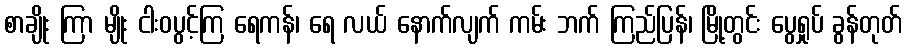
စာချိုး ကြာ မျိုး ငါးဝပွင့်ကြ ရေကန်၊ ရေ လယ် နောက်လျက် ကမ်း ဘက် ကြည်ပြန်၊ မြို့တွင်း ပွေရှုပ် ခွန်တုတ်